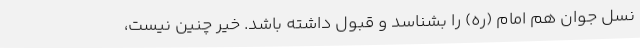
نسل جوان هم امام (ره) را بشناسد و قبول داشته باشد. خیر چنین نیست،